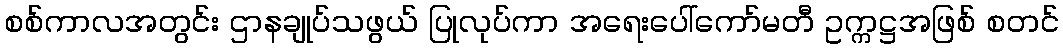
စစ်ကာလအတွင်း ဌာနချုပ်သဖွယ် ပြုလုပ်ကာ အရေးပေါ်ကော်မတီ ဥက္ကဋ္ဌအဖြစ် စတင်